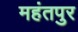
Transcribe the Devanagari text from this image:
महंतपुर